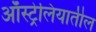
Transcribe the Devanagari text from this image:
अाॅस्ट्रेलियातील